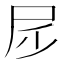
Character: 𡰹